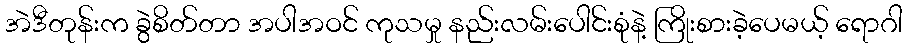
အဲဒီတုန်းက ခွဲစိတ်တာ အပါအဝင် ကုသမှု နည်းလမ်းပေါင်းစုံနဲ့ ကြိုးစားခဲ့ပေမယ့် ရောဂါ